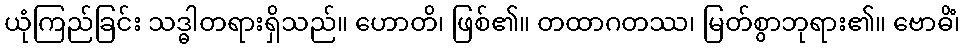
ယုံကြည်ခြင်း သဒ္ဓါတရားရှိသည်။ ဟောတိ၊ ဖြစ်၏။ တထာဂတဿ၊ မြတ်စွာဘုရား၏။ ဗောဓိံ၊